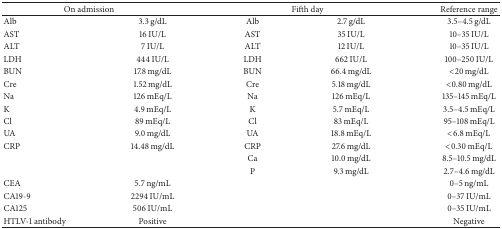
<table><thead><tr><td colspan="2"><b>On admission</b></td><td colspan="2"><b>Fifth day</b></td><td><b>Reference range</b></td></tr></thead><tbody><tr><td>Alb</td><td>3.3 g/dL</td><td>Alb</td><td>2.7 g/dL</td><td>3.5–4.5 g/dL</td></tr><tr><td>AST</td><td>16 IU/L</td><td>AST</td><td>35 IU/L</td><td>10–35 IU/L</td></tr><tr><td>ALT</td><td>7 IU/L</td><td>ALT</td><td>12 IU/L</td><td>10–35 IU/L</td></tr><tr><td>LDH</td><td>444 IU/L</td><td>LDH</td><td>662 IU/L</td><td>100–250 IU/L</td></tr><tr><td>BUN</td><td>17.8 mg/dL</td><td>BUN</td><td>66.4 mg/dL</td><td>&lt;20 mg/dL</td></tr><tr><td>Cre</td><td>1.52 mg/dL</td><td>Cre</td><td>5.18 mg/dL</td><td>&lt;0.80 mg/dL</td></tr><tr><td>Na</td><td>126 mEq/L</td><td>Na</td><td>126 mEq/L</td><td>135–145 mEq/L</td></tr><tr><td>K</td><td>4.9 mEq/L</td><td>K</td><td>5.7 mEq/L</td><td>3.5–4.5 mEq/L</td></tr><tr><td>Cl</td><td>89 mEq/L</td><td>Cl</td><td>83 mEq/L</td><td>95–108 mEq/L</td></tr><tr><td>UA</td><td>9.0 mg/dL</td><td>UA</td><td>18.8 mEq/L</td><td>&lt;6.8 mEq/L</td></tr><tr><td>CRP</td><td>14.48 mg/dL</td><td>CRP</td><td>27.6 mg/dL</td><td>&lt;0.30 mEq/L</td></tr><tr><td> </td><td> </td><td>Ca</td><td>10.0 mg/dL</td><td>8.5–10.5 mg/dL</td></tr><tr><td> </td><td> </td><td>P</td><td>9.3 mg/dL</td><td>2.7–4.6 mg/dL</td></tr><tr><td>CEA</td><td>5.7 ng/mL</td><td> </td><td> </td><td>0–5 ng/mL</td></tr><tr><td>CA19-9</td><td>2294 IU/mL</td><td> </td><td> </td><td>0–37 IU/mL</td></tr><tr><td>CA125</td><td>506 IU/mL</td><td colspan="2"> </td><td>0–35 IU/mL</td></tr><tr><td>HTLV-1 antibody</td><td>Positive</td><td> </td><td> </td><td>Negative</td></tr></tbody></table>